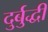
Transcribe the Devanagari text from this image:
दुर्बुद्धी